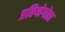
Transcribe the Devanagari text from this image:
प्रतियोगोता